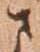
さ